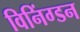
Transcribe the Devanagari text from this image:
विनिंग्डन